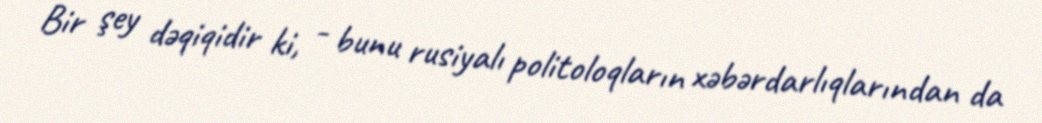
Bir şey dəqiqidir ki, - bunu rusiyalı politoloqların xəbərdarlıqlarından da